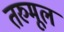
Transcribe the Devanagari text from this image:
तरुमूल